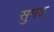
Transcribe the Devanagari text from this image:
सुगढ़